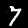
Label: 7